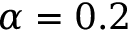
\alpha = 0 . 2